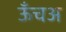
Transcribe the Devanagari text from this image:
ऊँचअ